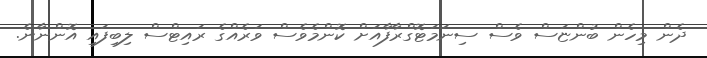
ދެން މިހެން ބުންޏަސް ވެސް ސިނަމަޓޮގްރާފާއަށް ކޮންމެވެސް ވަރެއްގެ ރައިޓްސް ލިބިފައި އޮންނާނެ.